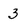
Character: 3